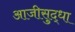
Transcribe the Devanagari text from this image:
आजीसुद्धा